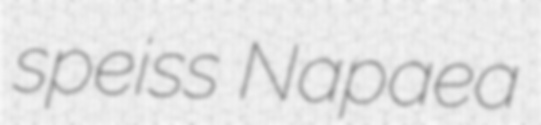
speiss Napaea